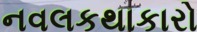
નવલકથાકારો